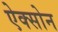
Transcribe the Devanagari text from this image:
ऐक्सोन